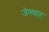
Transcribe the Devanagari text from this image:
जेफ्थाह